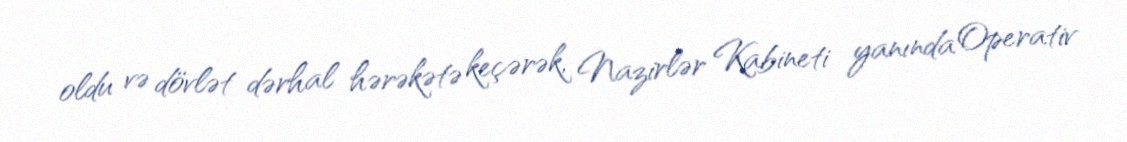
oldu və dövlət dərhal hərəkətə keçərək, Nazirlər Kabineti yanında Operativ